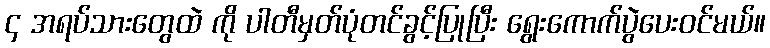
၄ အရပ်သားတွေထဲ ကို ပါတီမှတ်ပုံတင်ခွင့်ပြုပြီး ရွေးကောက်ပွဲပေးဝင်မယ်။